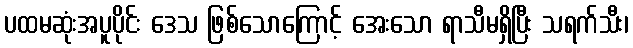
ပထမဆုံးအပူပိုင်း ဒေသ ဖြစ်သောကြောင့် အေးသော ရာသီမရှိပြီး သရက်သီး၊